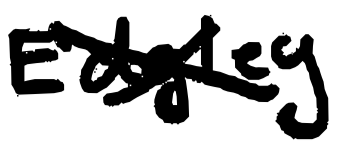
Text: Edgley
Cross-out: cross
Writing tool: digital_black